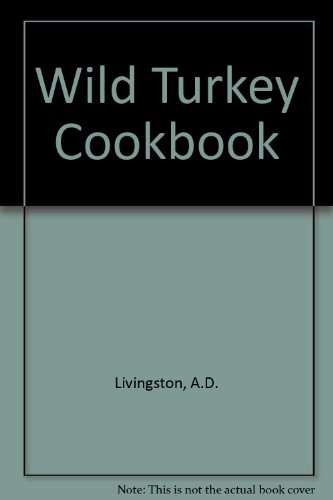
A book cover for Wild Turkey Cookbook; A. D. Livingston; Cookbooks, Food & Wine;